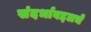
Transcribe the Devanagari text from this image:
संदर्भाबद्दलचे